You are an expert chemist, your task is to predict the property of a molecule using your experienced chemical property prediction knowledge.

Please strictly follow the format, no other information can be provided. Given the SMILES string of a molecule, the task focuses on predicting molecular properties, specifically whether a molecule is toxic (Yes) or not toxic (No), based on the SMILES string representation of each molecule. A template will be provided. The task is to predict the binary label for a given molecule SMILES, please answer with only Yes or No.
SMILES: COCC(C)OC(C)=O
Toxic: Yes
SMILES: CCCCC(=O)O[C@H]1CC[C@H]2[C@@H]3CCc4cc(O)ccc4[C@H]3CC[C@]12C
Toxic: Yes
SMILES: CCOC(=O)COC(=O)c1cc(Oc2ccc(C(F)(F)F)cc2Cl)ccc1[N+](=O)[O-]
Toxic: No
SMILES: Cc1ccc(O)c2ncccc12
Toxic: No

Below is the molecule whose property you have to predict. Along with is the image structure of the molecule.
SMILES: C#CC1(O)CCCCC1
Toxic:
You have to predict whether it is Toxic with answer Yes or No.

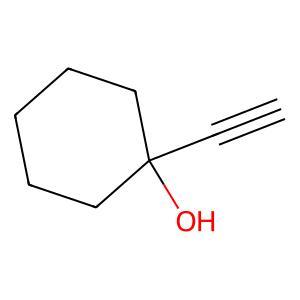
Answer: No